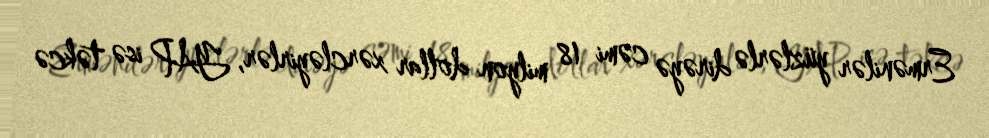
Ermənilər yüzlərlə dirəyə cəmi 18 milyon dollar xərcləyirlər, YAP isə təkcə